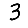
Digit: 3